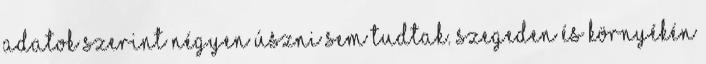
adatok szerint négyen úszni sem tudtak. Szegeden és környékén